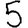
Digit: 5